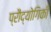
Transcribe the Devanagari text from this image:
प्रौद्योगिकी